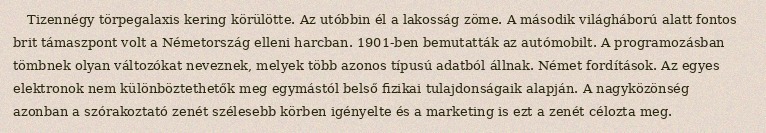
Tizennégy törpegalaxis kering körülötte. Az utóbbin él a lakosság zöme. A második világháború alatt fontos brit támaszpont volt a Németország elleni harcban. 1901-ben bemutatták az autómobilt. A programozásban tömbnek olyan változókat neveznek, melyek több azonos típusú adatból állnak. Német fordítások. Az egyes elektronok nem különböztethetők meg egymástól belső fizikai tulajdonságaik alapján. A nagyközönség azonban a szórakoztató zenét szélesebb körben igényelte és a marketing is ezt a zenét célozta meg.